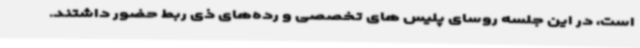
است، در این جلسه روسای پلیس های تخصصی و رده‌های ذی ربط حضور داشتند.